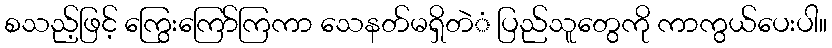
စသည့်ဖြင့် ကြွေးကြော်ကြကာ သေနတ်မရှိတဲံ ပြည်သူတွေကို ကာကွယ်ပေးပါ။